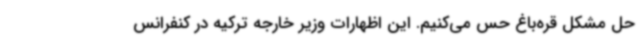
حل مشکل قره‌باغ حس می‌کنیم. این اظهارات وزیر خارجه ترکیه در کنفرانس